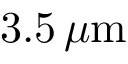
3 . 5 \, \mu \mathrm { { m } }